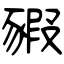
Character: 豭